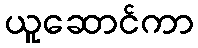
ယူဆောင်ကာ